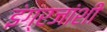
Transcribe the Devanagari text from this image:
इंग्रजांशीं